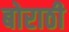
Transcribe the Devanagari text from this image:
बोराठी